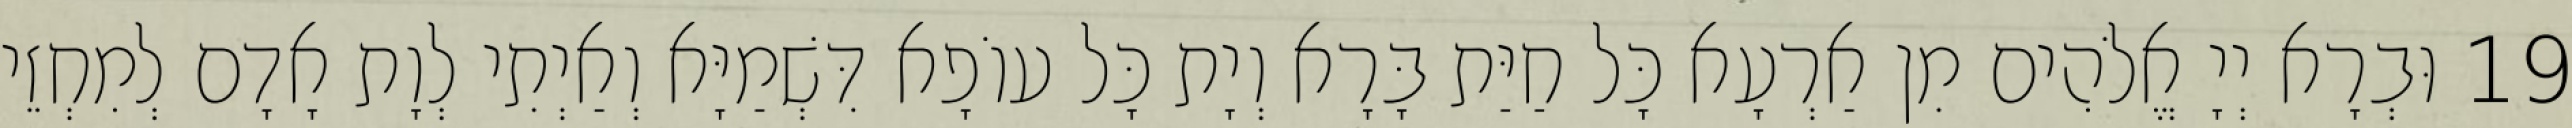
19 וּבְרָא יְיָ אֱלֹהִים מִן אַרְעָא כָּל חַיַּת בָּרָא וְיָת כָּל עוֹפָא דִּשְׁמַיָּא וְאַיְתִי לְוָת אָדָם לְמִחְזֵי